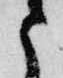
と